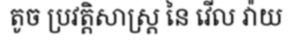
តូច ប្រវត្តិសាស្ត្រ នៃ វើល វ៉ាយ